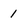
Character: 1